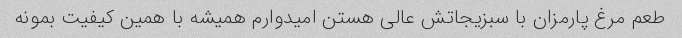
طعم مرغ پارمزان با سبزیجاتش عالی هستن امیدوارم همیشه با همین کیفیت بمونه